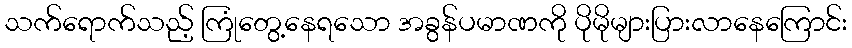
သက်ရောက်သည့် ကြုံတွေ့နေရသော အခွန်ပမာဏကို ပိုမိုများပြားလာနေကြောင်း